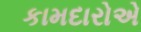
કામદારોએ